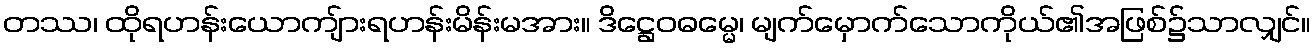
တဿ၊ ထိုရဟန်းယောကျ်ားရဟန်းမိန်းမအား။ ဒိဋ္ဌေဝဓမ္မေ၊ မျက်မှောက်သောကိုယ်၏အဖြစ်၌သာလျှင်။